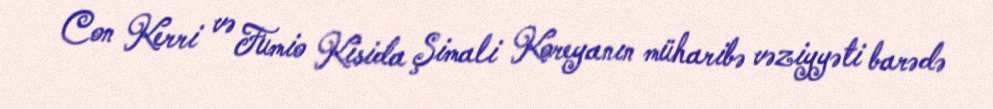
Con Kerri və Fumio Kisida Şimali Koreyanın müharibə vəziyyəti barədə